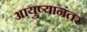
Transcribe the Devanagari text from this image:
आयुष्यानंतर